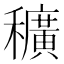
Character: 穬